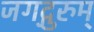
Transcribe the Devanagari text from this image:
जगद्गुरुम्